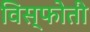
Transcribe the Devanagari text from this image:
विस्फोती